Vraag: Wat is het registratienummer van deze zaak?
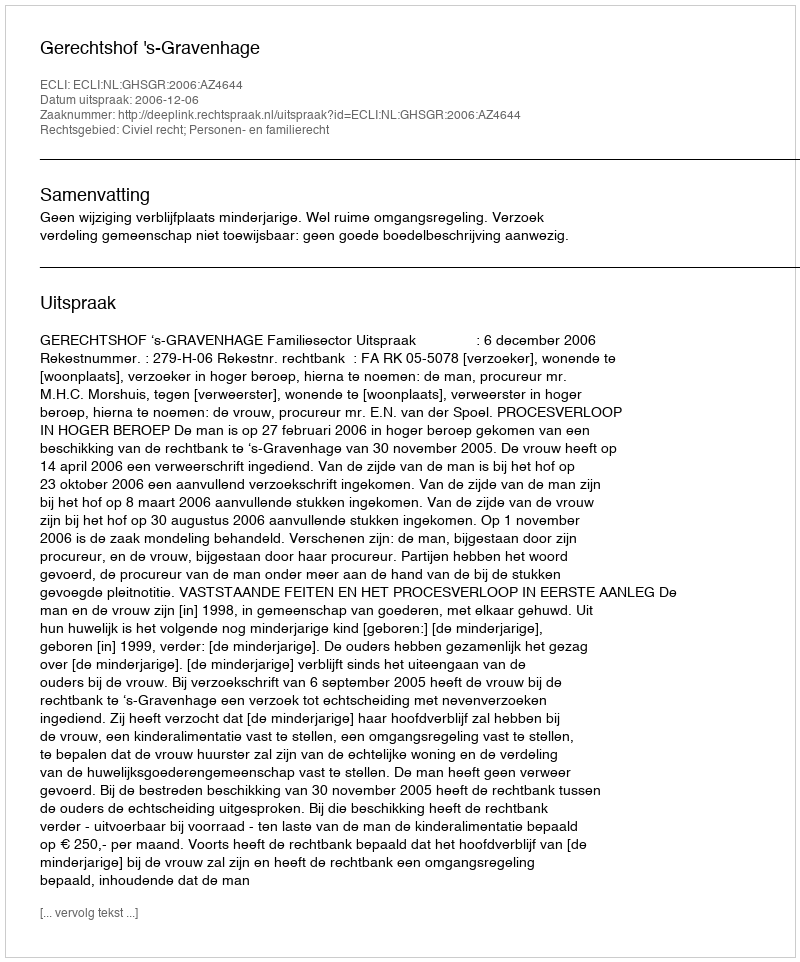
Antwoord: http://deeplink.rechtspraak.nl/uitspraak?id=ECLI:NL:GHSGR:2006:AZ4644